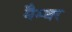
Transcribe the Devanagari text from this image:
मैम्बर